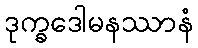
ဒုက္ခဒေါမနဿာနံ